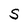
Character: S